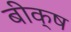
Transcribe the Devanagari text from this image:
बीक्ष